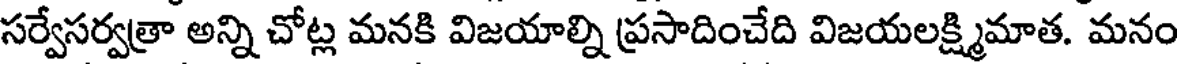
సర్వేసర్వత్రా అన్ని చోట్ల మనకి విజయాల్ని ప్రసాదించేది విజయలక్ష్మిమాత. మనం